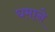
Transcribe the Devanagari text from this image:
घमाने